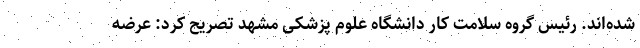
شده‌اند. رئیس گروه سلامت کار دانشگاه علوم پزشکی مشهد تصریح کرد: عرضه